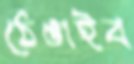
ঠেঙাইব